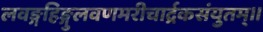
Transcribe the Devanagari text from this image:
लवङ्गहिङ्गुलवणमरीचार्द्रकसंयुतम्॥